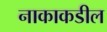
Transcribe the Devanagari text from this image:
नाकाकडील